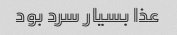
عذا بسیار سرد بود